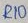
Text: R10